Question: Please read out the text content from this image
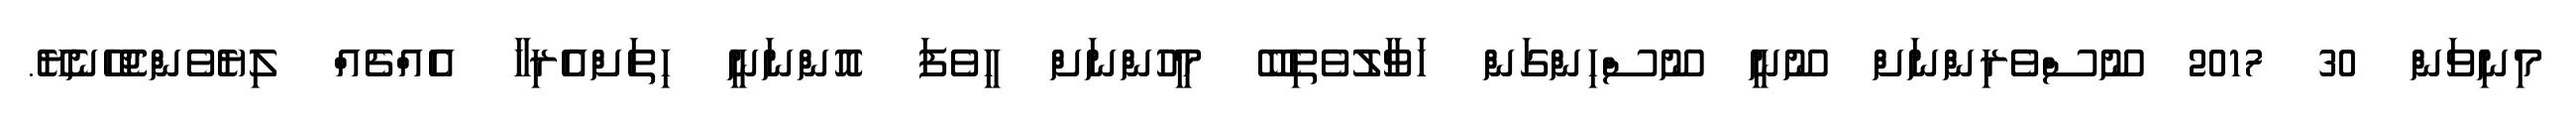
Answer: މިނިވަން 30 2017 ނޫސްވެރިންނަށް ނޫނީ ނޫސްހިންގަން ހަވާލުވެތިބޭ މީހުންނަށް ހީވެފަ އޮންނަނީ ހިތަށްއެރިހާ އެއްޗެއް ލިޔެވެންޖެހޭނެޔޭ.